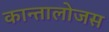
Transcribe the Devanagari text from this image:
कान्तालोजस